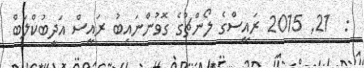
:  21